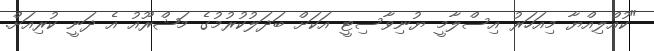
"ކުއްލިއްޔާ މިއަހަރު އިސްލާމީ ޔުނިވާސިޓީ އަކަށް ބަދަލުކުރުމުގެ މަޝްރޫއު އެ ދަނީ ކުރިއަށް.